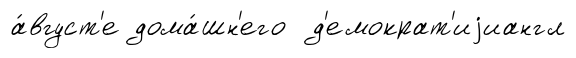
а́вгуст'е дома́шн'его д'емократ'иjиангл